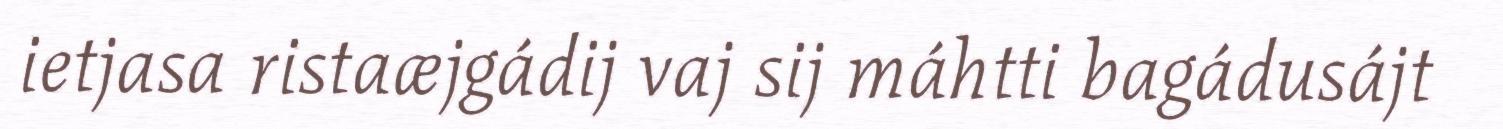
ietjasa ristaæjgádij vaj sij máhtti bagádusájt